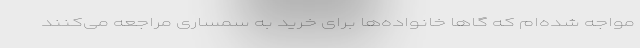
مواجه شده‌ام که گاها خانواده‌ها برای خرید به سمساری‌ مراجعه می‌کنند